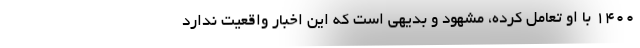
۱۴۰۰ با او تعامل کرده، مشهود و بدیهی است که این اخبار واقعیت ندارد